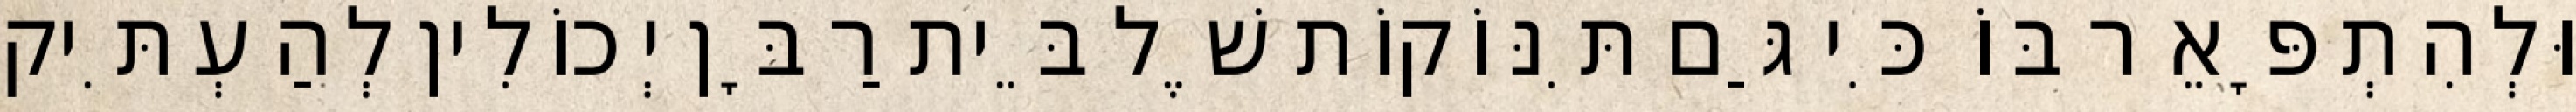
וּלְהִתְפָּאֵר בּוֹ כִּי גַּם תִּנּוֹקוֹת שֶׁל בֵּית רַבָּן יְכוֹלִין לְהַעְתִּיק